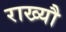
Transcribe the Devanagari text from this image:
राख्यौ